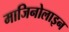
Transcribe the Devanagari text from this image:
माजिनोलाइन